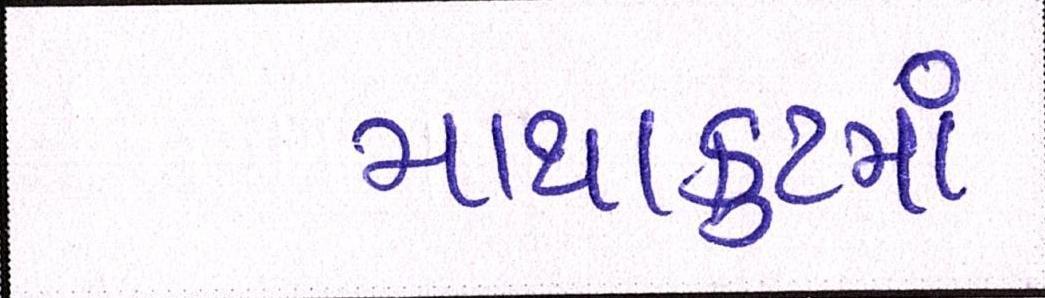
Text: માથાકુટમાં